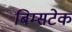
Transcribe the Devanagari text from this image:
बिम्सटेक